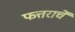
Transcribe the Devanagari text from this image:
फत्तराचें